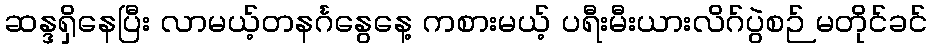
ဆန္ဒရှိနေပြီး လာမယ့်တနင်္ဂနွေနေ့ ကစားမယ့် ပရီးမီးယားလိဂ်ပွဲစဉ် မတိုင်ခင်